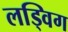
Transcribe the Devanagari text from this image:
लड्विग